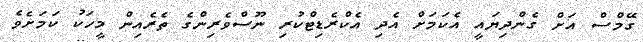
ގޭމްސް އަށް ގެންދިޔައީ އެކަމަށް އެދި އެކްރެޑިޓްކުރި ނޫސްވެރިންގެ ތެރެއިން މީހަކު ކަމަށެވެ